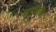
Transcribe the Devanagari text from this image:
पादोपीठा